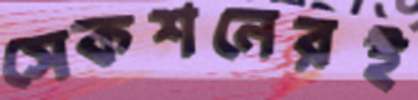
সেকশনেরই